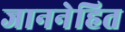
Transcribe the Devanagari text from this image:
जाननेहित